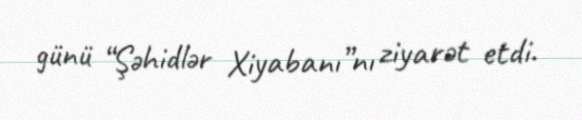
günü “Şəhidlər Xiyabanı”nı ziyarət etdi.